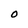
Character: 0